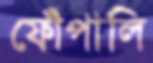
ফোঁপালি